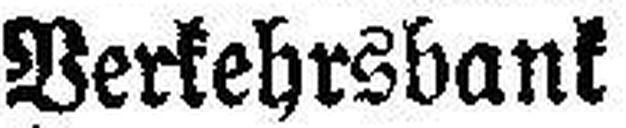
Verkehrsbank